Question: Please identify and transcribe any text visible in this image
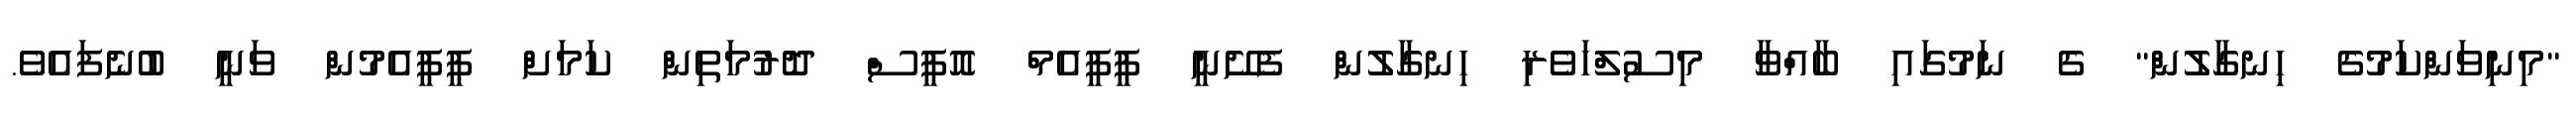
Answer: "މިނިވަންކަމުގެ ހިނގާލުން" ގެ ނަމުގައި ބާއްވާ މިސުލްހަވެރި ހިނގާލުން ފެށޭނީ ޕީޕީއެމް އޮފީސް ދޮރުމަތިން ކަމަށް ޕީޕީއެމުން ވަނީ ބުނެފައެވެ.